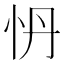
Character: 𭜗